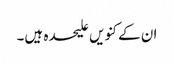
ان کے کنویں علیحدہ ہیں۔